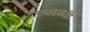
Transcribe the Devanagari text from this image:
उप्लब्धी